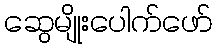
ဆွေမျိုးပေါက်ဖော်